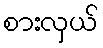
စားလှယ်